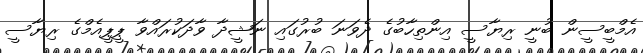
އެމްބީސީން ބުނީ ރިޔާސީ އިންތިހާބުގެ ދެވަނަ ބުރުގައި ނަޝީދާ ވާދަކުރައްވާ ޕީޕީއެމްގެ ރިޔާސީ